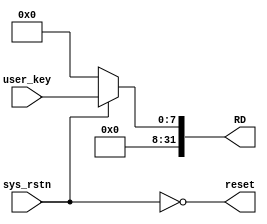
module driver_userkey(
    output [31:0] RD,
    output reset,
    input [7:0] user_key,
	 input sys_rstn
    );
	assign reset = !sys_rstn;
	assign RD = (reset) ? 0 :
					{24'b0, user_key};
	

endmodule